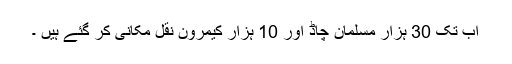
اب تک 30 ہزار مسلمان چاڈ اور 10 ہزار کیمرون نقل مکانی کر گئے ہیں ۔